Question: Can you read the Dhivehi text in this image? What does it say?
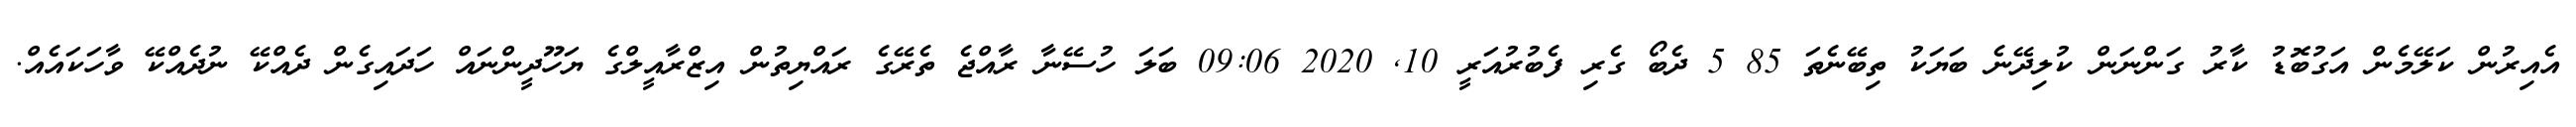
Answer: އެއިރުން ކަލޭމެން އަގުބޮޑު ކާރު ގަންނަން ކުލިދޭނެ ބަޔަކު ތިބޭނެތަ 85 5 ދެބޯ ގެރި ފެބުރުއަރީ 10, 2020 09:06 ބަލަ ހުސޭނާ ރާއްޖެ ތެރޭގެ ރައްޔިތުން އިޒްރާއީލްގެ ޔަހޫދީންނައް ހަދައިގެން ދެއްކޭ ނުދެއްކޭ ވާހަކައެއް.